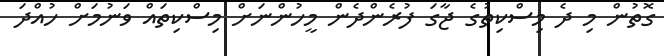
ގޮތުން މި ދެ މިސްކިތުގެ ޖާގަަ ފުރެންދެން މީހުންނަށް މިސްކިތައް ވަނުމަށް ހުއްދަ